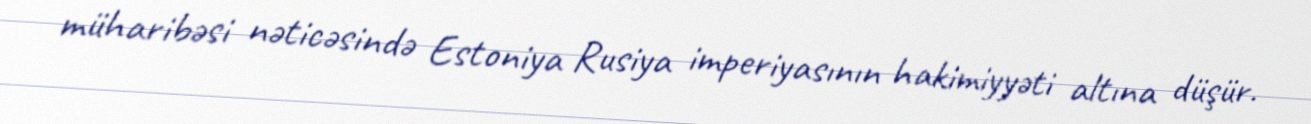
müharibəsi nəticəsində Estoniya Rusiya imperiyasının hakimiyyəti altına düşür.